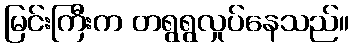
မြင်းကြီးက တရွရွလှုပ်နေသည်။